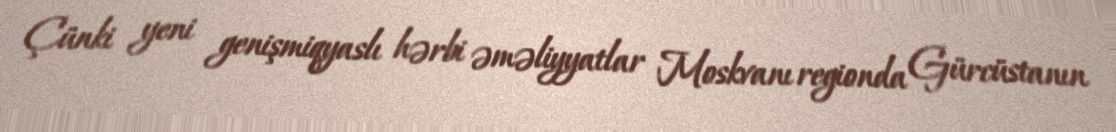
Çünki yeni genişmiqyaslı hərbi əməliyyatlar Moskvanı regionda Gürcüstanın